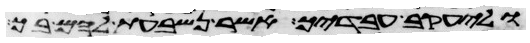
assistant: וליעקב עבדיך אשר נשבעת להם בך